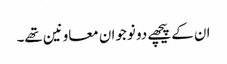
ان کے پیچھے دو نوجوان معاونین تھے۔